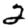
Digit: 2